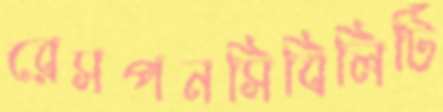
রেসপনসিবিলিটি